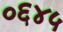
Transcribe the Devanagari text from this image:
०६४५